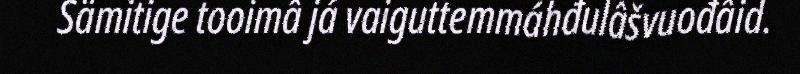
Sämitige tooimâ já vaiguttemmáhđulâšvuođâid.